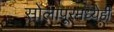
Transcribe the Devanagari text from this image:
सोलापूरमध्येही